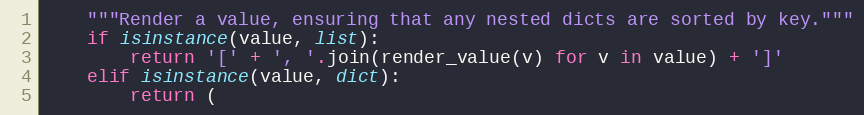
Language: Python
    """Render a value, ensuring that any nested dicts are sorted by key."""
    if isinstance(value, list):
        return '[' + ', '.join(render_value(v) for v in value) + ']'
    elif isinstance(value, dict):
        return (